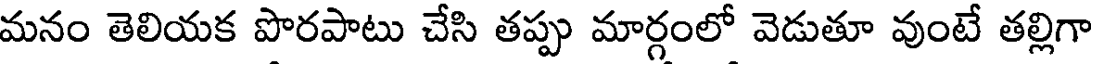
మనం తెలియక పొరపాటు చేసి తప్పు మార్గంలో వెడుతూ వుంటే తల్లిగా